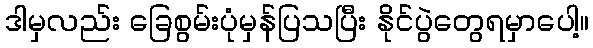
ဒါမှလည်း ခြေစွမ်းပုံမှန်ပြသပြီး နိုင်ပွဲတွေရမှာပေါ့။